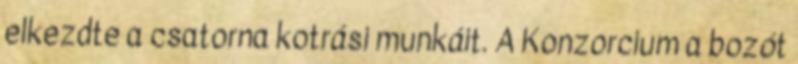
elkezdte a csatorna kotrási munkáit. A Konzorcium a bozót